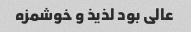
عالی بود لذیذ و خوشمزه